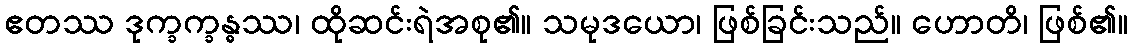
ဧတဿ ဒုက္ခက္ခန္ဓဿ၊ ထိုဆင်းရဲအစု၏။ သမုဒယော၊ ဖြစ်ခြင်းသည်။ ဟောတိ၊ ဖြစ်၏။